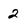
Character: 2